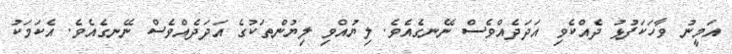
އަމީނު ވާހަކަފުޅު ދެއްކެވި އަދަދެއްވެސް ނޭނގެއެވެ. ލިޔުއްވި ލިޔުންތަކުގެ އަދަދެއްވެސް ނޭނގެއެވެ. އެކަމަކު